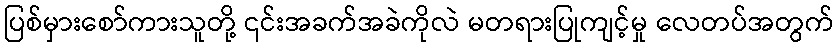
ပြစ်မှားစော်ကားသူတို့ ၎င်းအခက်အခဲကိုလဲ မတရားပြုကျင့်မှု လေတပ်အတွက်